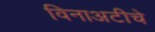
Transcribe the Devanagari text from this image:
विनाअटीचे